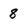
Character: 8